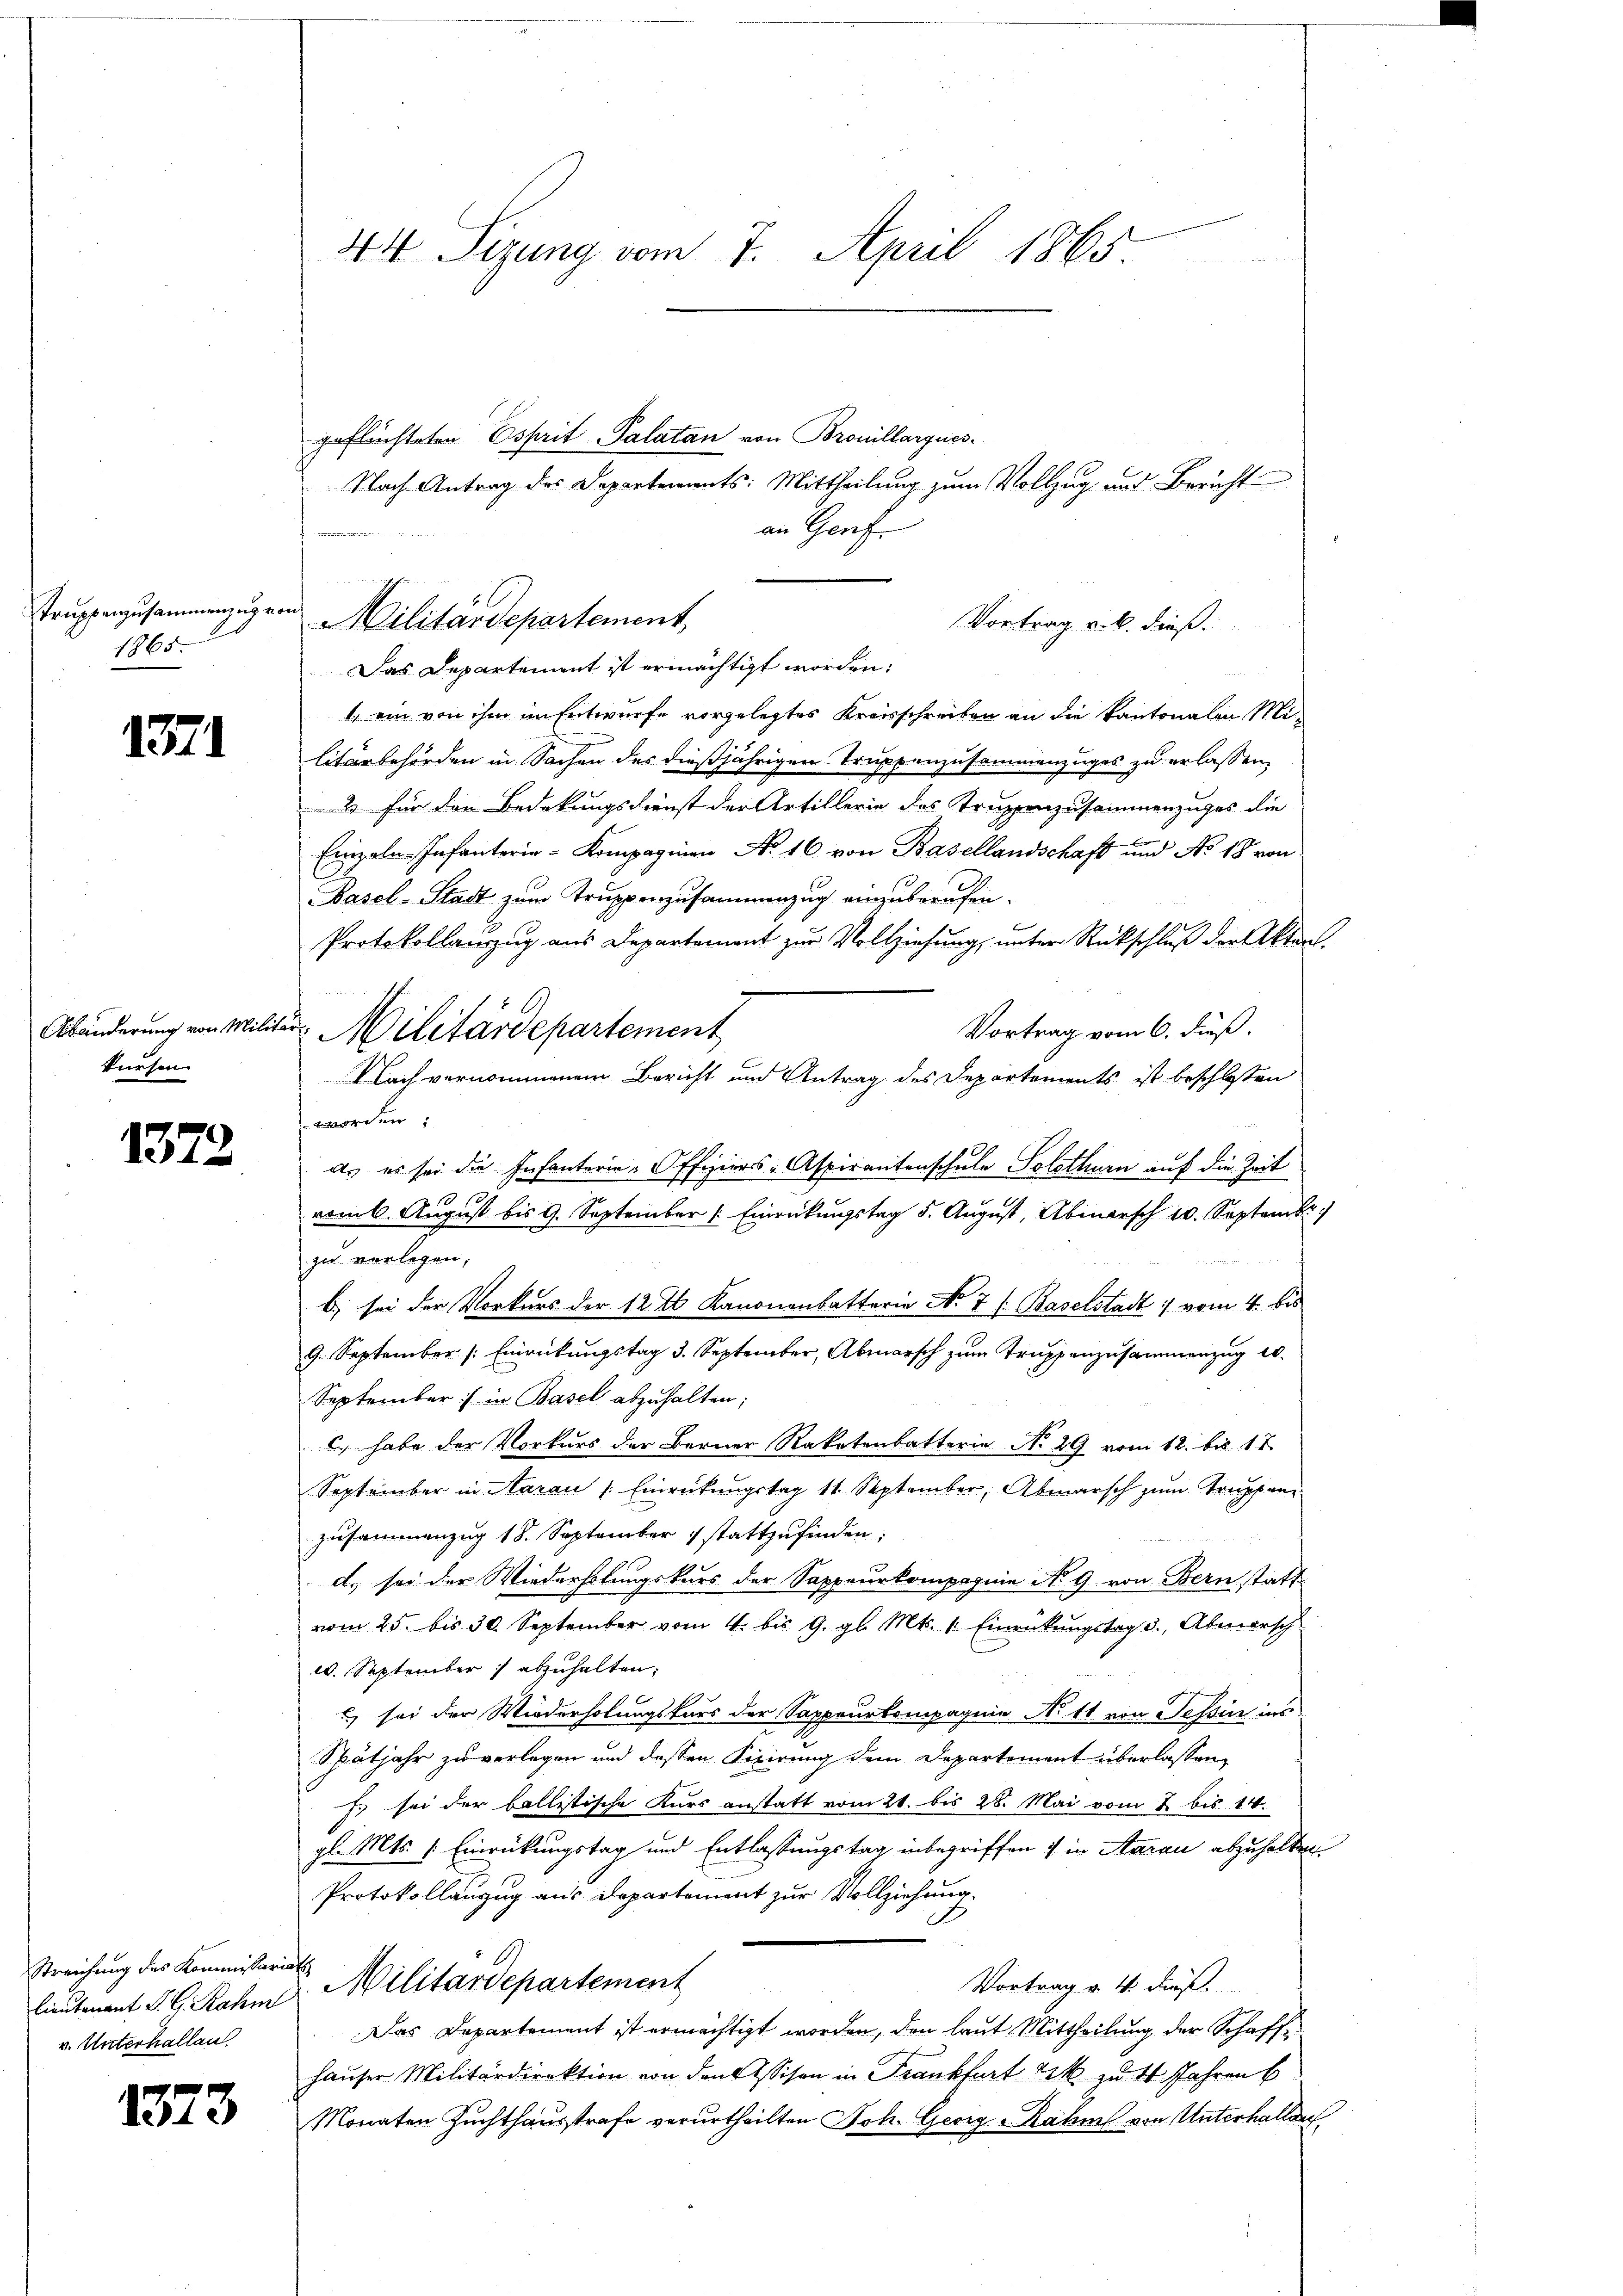
Truppenzusammenzug von
1865.

1371

kursen

1372

Lieutenant J. G. Rahm
v. Unterhallen.

1373

44 Sizung vom 7. April 1865.

geflüchteten Osprit Palatan von Brouillarques.
Nach Antrag des Departements: Mittheilung zum Vollzug und Bericht
an Genf.
Das Departement ist ermächtigt worden:
1, ein von ihm im Entwurfe vorgelegtes Kreisschreiben an die kantonalen Militärbehörden in Sachen des dießjährigen Truppenzusammenzuges zu erlassen,
2 für den Bedekungsdienst der Artillerie des Truppenzusammenzuges die
Einzeln. Infanterie-Kompagnien No 16. von Basellandschaft und No 18 von
Basel-Stadt zum Truppenzusammenzug einzuberufen.
Protokollauszug aus Departement zur Vollziehung, unter Rückschluß der Akten.
Abänderung von Militär-Militärdepartement
Vortrag vom 6. Fuß.
Nach vernommenen Bericht und Antrag des Departements ist beschlossen
e
as es sei die Infanterie-Offiziers-Aspirantenschule Solothurn auf die Zeit
vom 6. August bis 9. September Einrückungstag 5. August, Abinarsch 10. Septembr.
zu verlegen,
b) sei der Vorkurs der 12 t Kanonenbatterie No 7 (Baselstadt vom 4. bis
9. September /: Einreitungstag 3. September, Abmarsch zum Truppenzusammenzug 10.
September :/ in Basel abzuhalten;
c. habe der Vorkurs der Berner Raketenbatterie No 29. vom 12. bis 17.
September in Aarau /: Einrückŭngstag 11. September, Abmarsch zŭm Truppen-
zusammenzug 18. September 1 stattzufinden;
d. sei der Wiederholungskurs der Sappeurkompagnie N. G. von Bern statt
vom 25. bis 30. September vom 4. bis 9. gl. Mts. 1. Einrückungstag 3., Abmarsch
w. September abzuhalten.

 sei der Wiederholungskurs der Sappeurkompagnie No. 11 von Tessin ins
Spätjahr zu verlegen und dessen Fixirung dem Departement überlassen,
Es sei der ballistische Kurs anstatt vom 21. bis 28. Mai vom 2 bis 14.
gl. Mts. 1. Einrückungstag und Entlassungstag inbegriffen :/ in Aarau abzuhalten.
Protokollauszug aus Departement zur Vollziehung.
Streichung des Kommissarits Militärdepartement
Vortrag v. 4. dieß.
Das Departement ist ermächtigt worden, den laut Mittheilung der Schaffhauser Militärdirektion von den Assisen in Frankfurt k. zu 4 Jahren b
Monaten Zuchthausstrafe verurtheilten Joh. Georg Rahme von Unterhallen

Militärdepartement

Vortrag v. M. dieß.